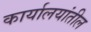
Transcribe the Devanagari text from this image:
कार्यालयांतील